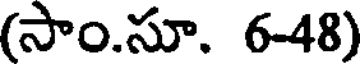
(సాం.సూ. 6-48)